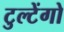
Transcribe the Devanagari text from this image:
टुल्टेंगो